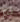
لم